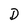
Character: D